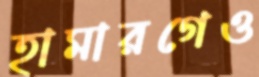
হামারগেও